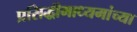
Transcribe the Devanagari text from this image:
प्रसिद्धीमाध्यमांच्या